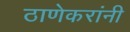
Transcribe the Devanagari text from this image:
ठाणेकरांनी